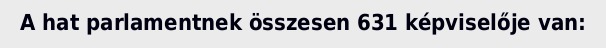
A hat parlamentnek összesen 631 képviselője van: